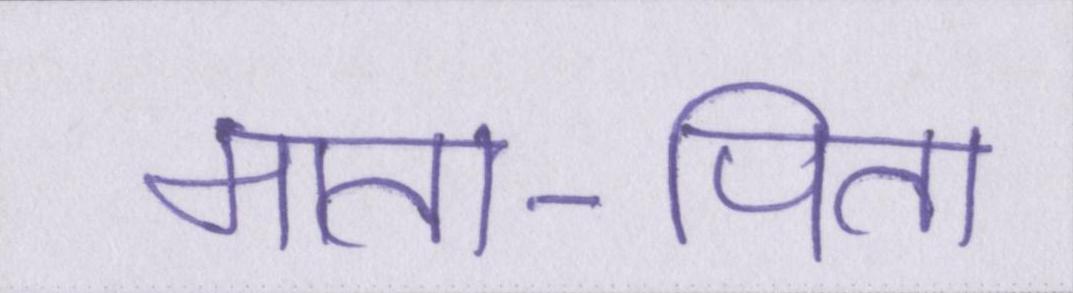
माता-पिता